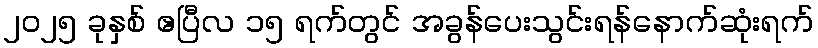
၂၀၂၅ ခုနှစ် ဧပြီလ ၁၅ ရက်တွင် အခွန်ပေးသွင်းရန်နောက်ဆုံးရက်